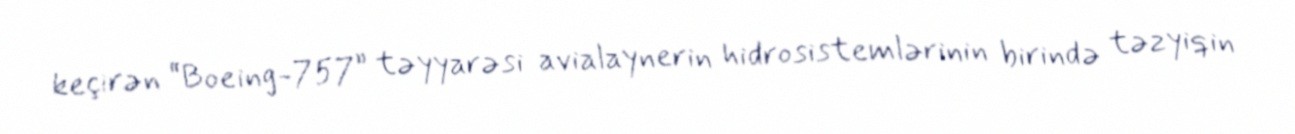
keçirən “Boeing-757” təyyarəsi avialaynerin hidrosistemlərinin birində təzyiqin